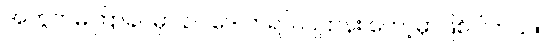
အတွက်မကြာခင်မှာ ဥပဒေ တရပ် ပြဌာန်း တော့မှာဖြစ်ပါတယ်။